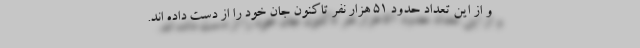
و از این تعداد حدود ۵۱ هزار نفر تاکنون جان خود را از دست داده اند.